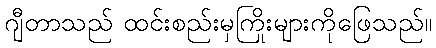
ဂျီတာသည် ထင်းစည်းမှကြိုးများကိုဖြေသည်။